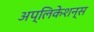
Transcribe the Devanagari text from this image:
अप्लिकेशन्स